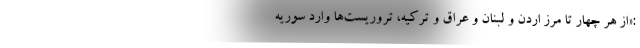
:«از هر چهار تا مرز اردن و لبنان و عراق و ترکیه، تروریست‌ها وارد سوریه